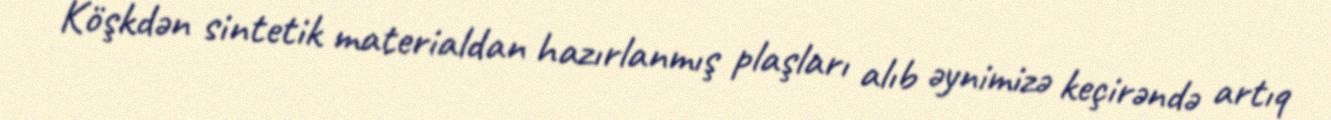
Köşkdən sintetik materialdan hazırlanmış plaşları alıb əynimizə keçirəndə artıq